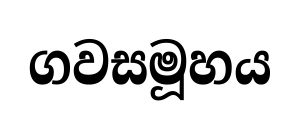
ගවසමූහය